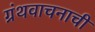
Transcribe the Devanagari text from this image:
ग्रंथवाचनाची